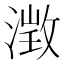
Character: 𪷁